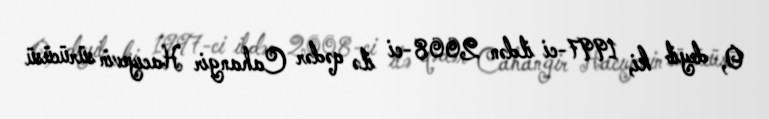
O, deyib ki, 1997-ci ildən 2008-ci ilə qədər Cahangir Hacıyevin sürücüsü